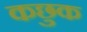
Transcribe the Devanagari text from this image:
कछुक